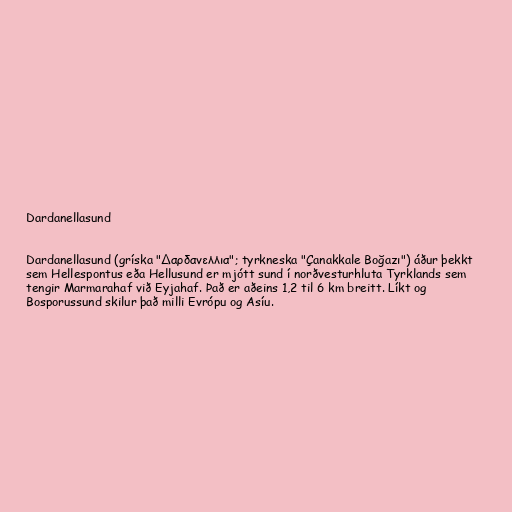
Dardanellasund

Dardanellasund (gríska "Δαρδανελλια"; tyrkneska "Çanakkale Boğazı") áður þekkt
sem Hellespontus eða Hellusund er mjótt sund í norðvesturhluta Tyrklands sem
tengir Marmarahaf við Eyjahaf. Það er aðeins 1,2 til 6 km breitt. Líkt og
Bosporussund skilur það milli Evrópu og Asíu.